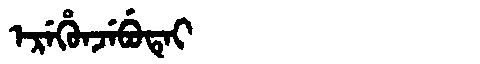
Manchu: ᡝᡵᡝᡥᡠᠨᠵᡝᠪᡠᡨᡝᡳ
Romanization: EREHUNJEBUTEI